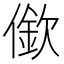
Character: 𱏒